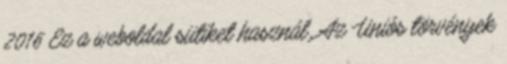
2016 Ez a weboldal sütiket használ. Az Uniós törvények